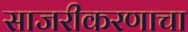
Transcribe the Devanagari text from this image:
साजरीकरणाचा